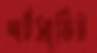
শর্টসার্কিট